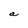
Character: a